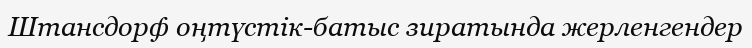
Штансдорф оңтүстік-батыс зиратында жерленгендер